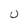
Character: U